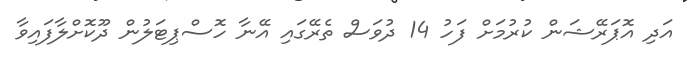
އަދި އޮޕަރޭޝަން ކުރުމަށް ފަހު 14 ދުވަސް ތެރޭގައި އޭނާ ހޮސްޕިޓަލުން ދޫކޮށްލާފައިވާ